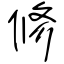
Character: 修